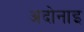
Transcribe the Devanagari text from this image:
अदोनाइ